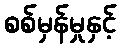
စစ်မှန်မှုနှင့်